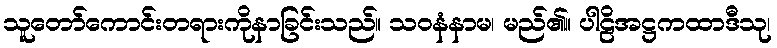
သူတော်ကောင်းတရားကိုနာခြင်းသည်။ သဝနံနာမ၊ မည်၏။ ပါဠိအဋ္ဌကထာဒီသု၊